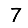
Digit: 7